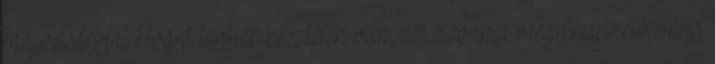
megvásárolni kívánt termék készleten van, az azonnal megrendelhető mind